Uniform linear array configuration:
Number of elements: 24
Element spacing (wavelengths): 0.25
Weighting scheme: hamming
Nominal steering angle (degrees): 0
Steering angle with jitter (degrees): -1.778
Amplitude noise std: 0.05
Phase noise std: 0.05

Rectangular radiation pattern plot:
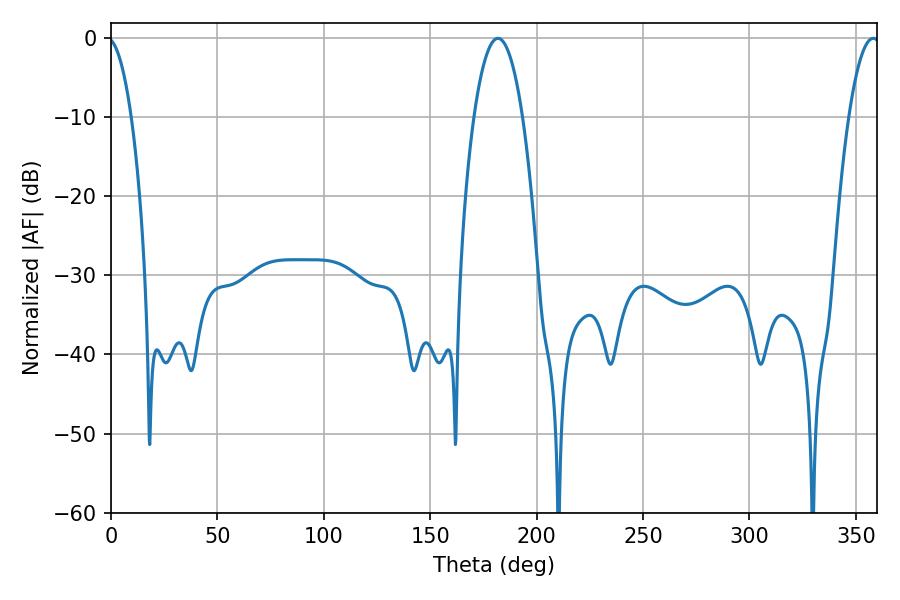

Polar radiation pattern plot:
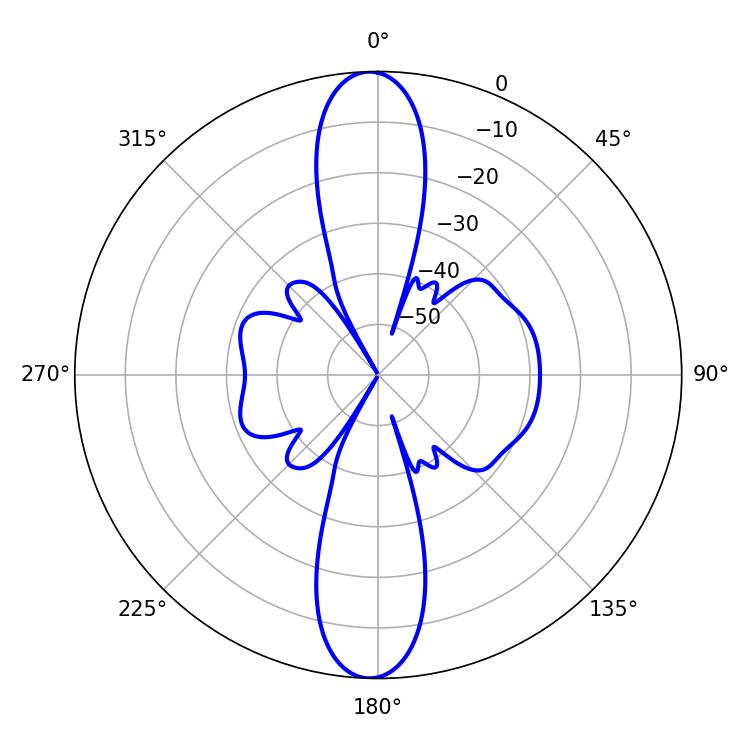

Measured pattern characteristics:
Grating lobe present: FALSE
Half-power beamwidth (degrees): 12.78
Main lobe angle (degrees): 181.8